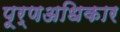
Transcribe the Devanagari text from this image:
पूर्णअधिकार